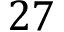
2 7